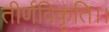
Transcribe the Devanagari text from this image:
तीर्णविकृति।।